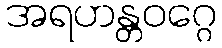
အရဟန္တဝဂ္ဂေ